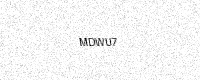
Text: MDWU7